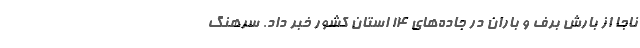
ناجا از بارش برف و باران در جاده‌های ۱۴ استان کشور خبر داد. سرهنگ